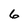
Character: 6